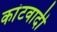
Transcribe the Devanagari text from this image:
कांटवादी